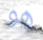
هو